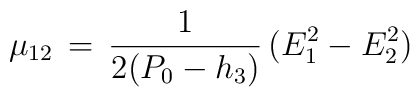
\mu_{12}\,=\,{1\over2(P_0-h_3)}\,(E_1^2-E_2^2)